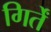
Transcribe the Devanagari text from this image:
गिर्तें